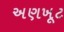
અણખૂટ